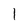
Character: 1